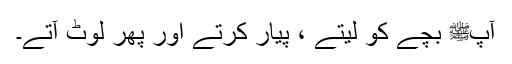
آپﷺ بچے کو لیتے ، پیار کرتے اور پھر لوٹ آتے۔